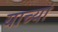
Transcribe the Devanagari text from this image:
याच्यां